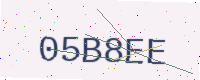
Text: 05B8EE